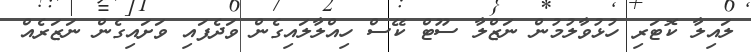
ލައިލާ ކޮޓަރި ހުޅުވާލުމުން ނަޒްލާ ސޫޓް ކޭސް ހިއްލާލައިގެން ވަދެފައި ވަށައިގެން ނަޒަރެއް